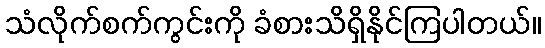
သံလိုက်စက်ကွင်းကို ခံစားသိရှိနိုင်ကြပါတယ်။